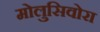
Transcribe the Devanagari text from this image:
मोलुसिवोरा